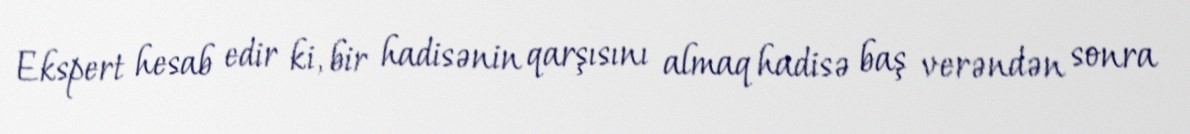
Ekspert hesab edir ki, bir hadisənin qarşısını almaq hadisə baş verəndən sonra